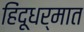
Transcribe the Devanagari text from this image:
हिंदूधर्मात